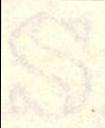
S